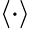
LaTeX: \left<\cdot\right>